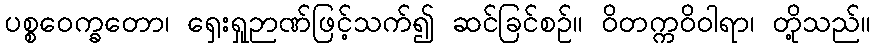
ပစ္စဝေက္ခတော၊ ရှေးရှုဉာဏ်ဖြင့်သက်၍ ဆင်ခြင်စဉ်။ ဝိတက္ကဝိဝါရာ၊ တို့သည်။